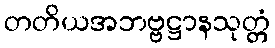
တတိယအဘဗ္ဗဋ္ဌာနသုတ္တံ